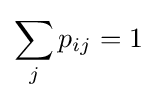
\sum _{j}p_{ij}=1